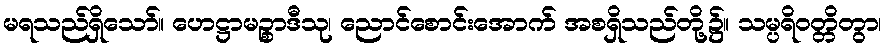
မရသည်ရှိသော်။ ဟေဋ္ဌာမဉ္စာဒီသု၊ ညောင်စောင်းအောက် အစရှိသည်တို့၌။ သမ္ပရိဝတ္တိတွာ၊